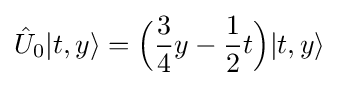
{\hat {U}}_{0}|t,y\rangle ={\Bigl (}{\frac {3}{4}}y-{\frac {1}{2}}t{\Bigr )}|t,y\rangle